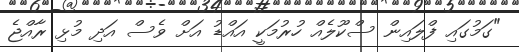
"ގަމުގައި ފްލައިން ސްކޫލެއް ހުރުމަކީ އައްޑު އަށް ވެސް އަދި މުޅި ރާއްޖެ